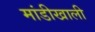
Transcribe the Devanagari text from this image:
मांडीखाली